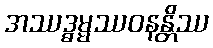
အဿဒ္ဓမ္မဿဝနန္တိဿ